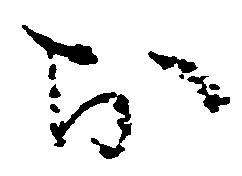
お